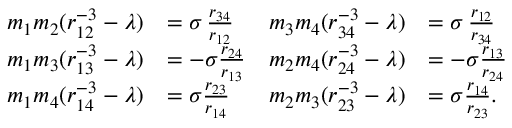
\begin{array} { r l r l } { m _ { 1 } m _ { 2 } ( r _ { 1 2 } ^ { - 3 } - \lambda ) } & { = \sigma \, \frac { r _ { 3 4 } } { r _ { 1 2 } } } & { m _ { 3 } m _ { 4 } ( r _ { 3 4 } ^ { - 3 } - \lambda ) } & { = \sigma \, \frac { r _ { 1 2 } } { r _ { 3 4 } } } \\ { m _ { 1 } m _ { 3 } ( r _ { 1 3 } ^ { - 3 } - \lambda ) } & { = - \sigma \frac { r _ { 2 4 } } { r _ { 1 3 } } } & { m _ { 2 } m _ { 4 } ( r _ { 2 4 } ^ { - 3 } - \lambda ) } & { = - \sigma \frac { r _ { 1 3 } } { r _ { 2 4 } } } \\ { m _ { 1 } m _ { 4 } ( r _ { 1 4 } ^ { - 3 } - \lambda ) } & { = \sigma \frac { r _ { 2 3 } } { r _ { 1 4 } } } & { m _ { 2 } m _ { 3 } ( r _ { 2 3 } ^ { - 3 } - \lambda ) } & { = \sigma \frac { r _ { 1 4 } } { r _ { 2 3 } } . } \end{array}